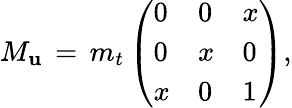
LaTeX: M_{\mathbf{u}}\, =\, m_{t}\left(\begin{array}{lll}{{0}}&{{0}}&{{x}}\\ {{0}}&{{x}}&{{0}}\\ {{x}}&{{0}}&{{1}}\end{array}\right),